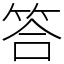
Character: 答